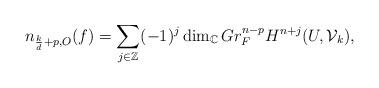
LaTeX: \begin{align*}\begin{aligned}n_{\frac k d +p,O}(f)=\sum_{j\in \mathbb Z}(-1)^j\dim_{\mathbb C}Gr_F^{n-p}H^{n+j}(U,\mathcal V_k), \end{aligned}\end{align*}